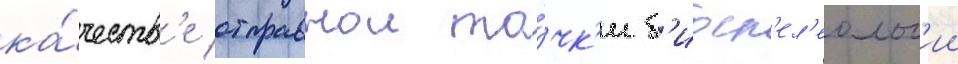
ка́честв'е отправнои то́чк'и б'иосп'ел'еолог'ии